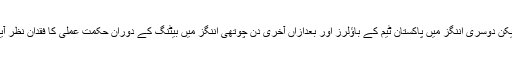
لیکن دوسری اننگز میں پاکستان ٹیم کے باؤلرز اور بعدازاں آخری دِن چوتھی اننگز میں بیٹنگ کے دوران حکمتِ عملی کا فقدان نظر آیا۔